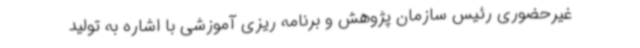
غیرحضوری رئیس سازمان پژوهش و برنامه ریزی آموزشی با اشاره به تولید